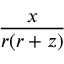
\frac { x } { r ( r + z ) }